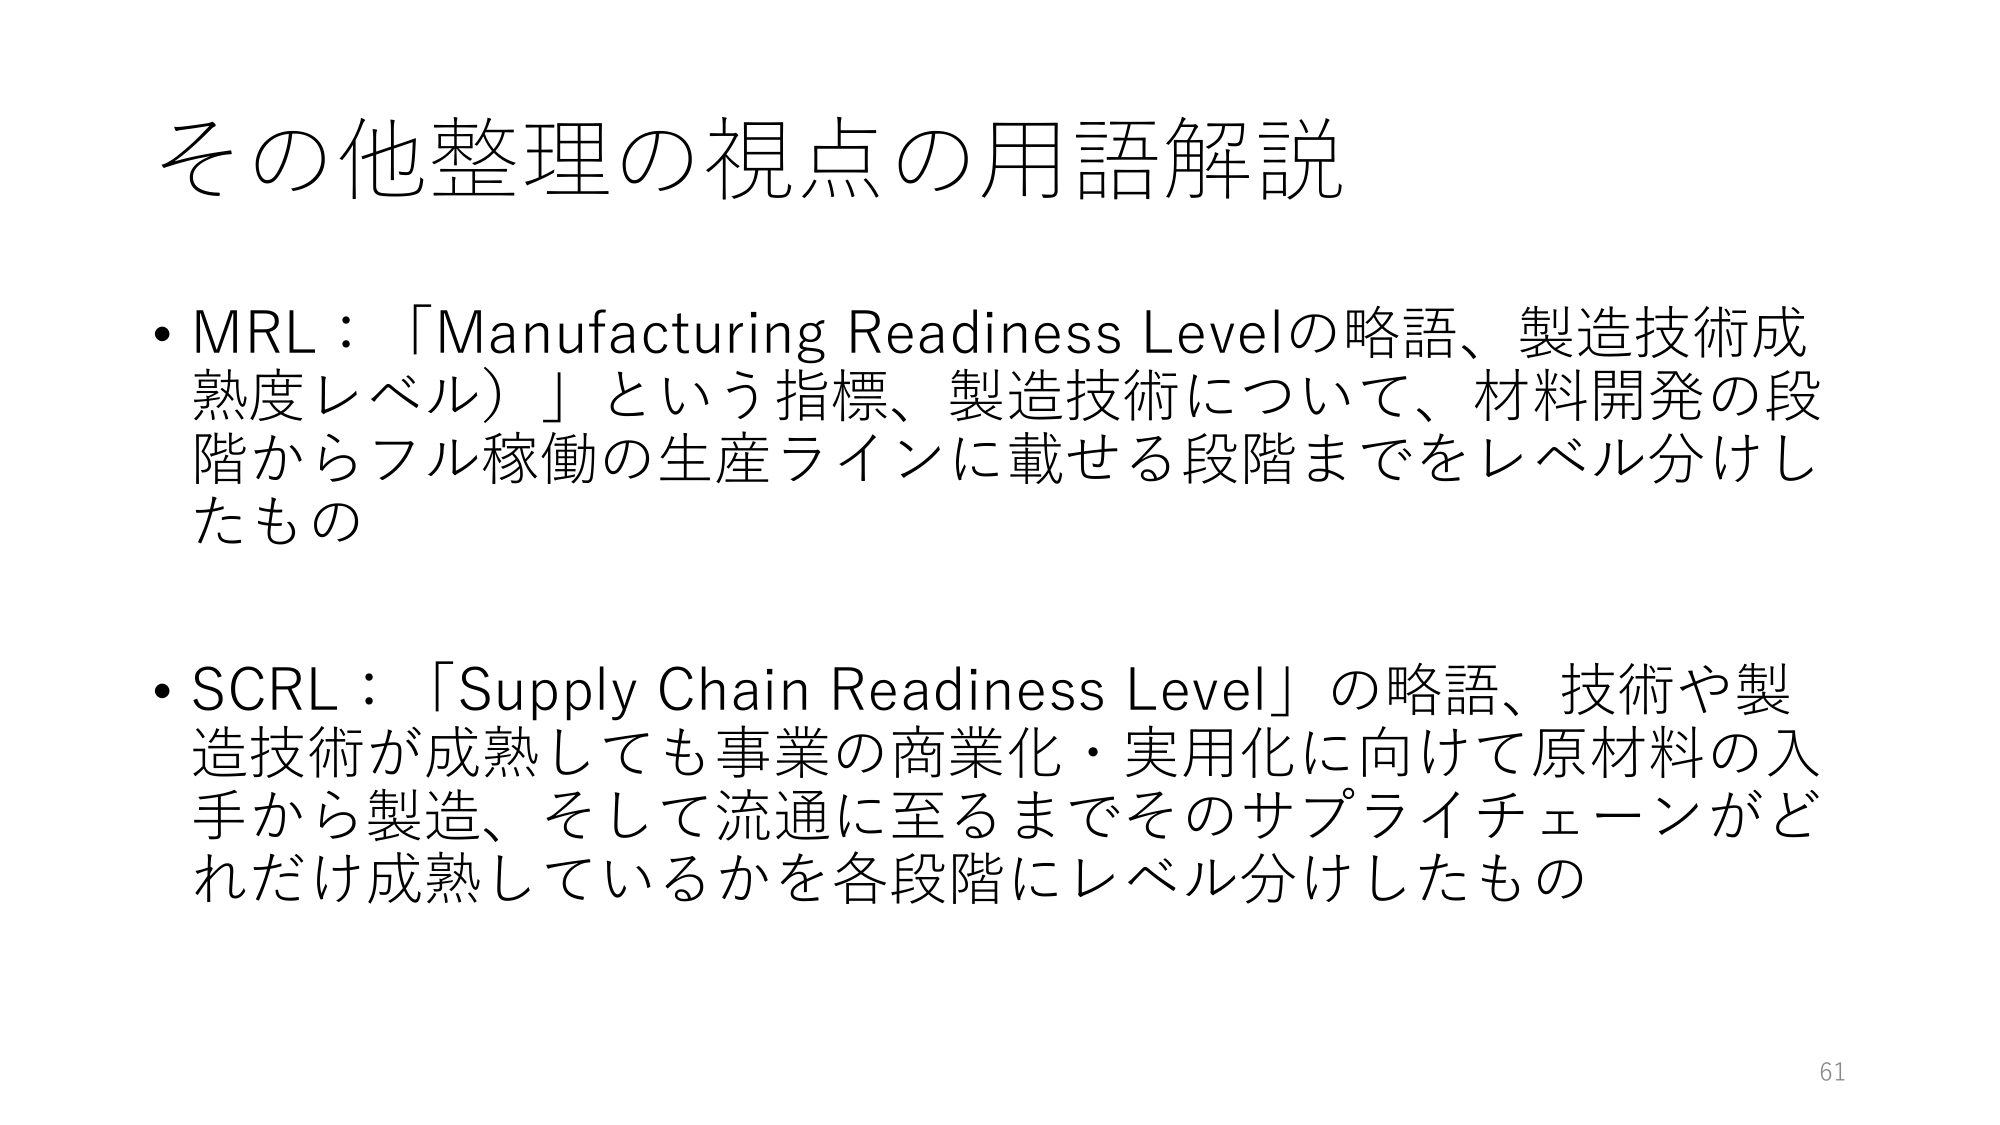
その他整理の視点の用語解説

• MRL：「Manufacturing Readiness Levelの略語、製造技術成熟度レベル）」という指標、製造技術について、材料開発の段階からフル稼働の生産ラインに載せる段階までをレベル分けしたもの

• SCRL：「Supply Chain Readiness Level」の略語、技術や製造技術が成熟しても事業の商業化・実用化に向けて原材料の入手から製造、そして流通に至るまでそのサプライチェーンがどれだけ成熟しているかを各段階にレベル分けしたもの

61